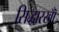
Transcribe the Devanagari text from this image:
सिद्धारखॉँ